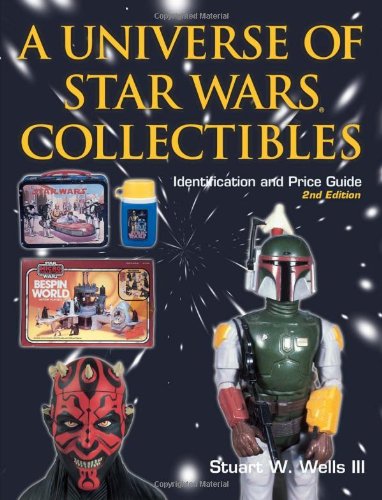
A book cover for A Universe of Star Wars Collectibles: Identification and Price Guide; Stuart W. Wells III; Crafts, Hobbies & Home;